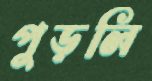
পুড়লি